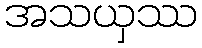
အသယှဿ